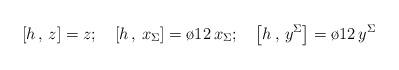
LaTeX: \begin{align*}\left [ h \, , \, z \right ]= z ;\quad\left [ h \, , \, x_\Sigma \right ] = {\o{1}{2}}\, x_\Sigma ;\quad\left [ h \, , \, y^\Sigma \right ] = {\o{1}{2}}\, y^\Sigma\end{align*}